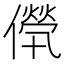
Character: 𠎽